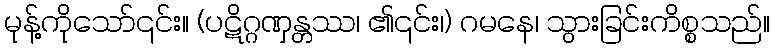
မုန့်ကိုသော်၎င်း။ (ပဋိဂ္ဂဏှန္တဿ၊ ၏၎င်း၊) ဂမနေ၊ သွားခြင်းကိစ္စသည်။